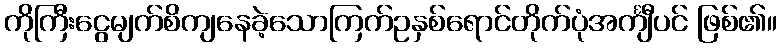
ကိုကြီးငွေမျက်စိကျနေခဲ့သောကြက်ဥနှစ်ရောင်တိုက်ပုံအင်္ကျီပင် ဖြစ်၏။